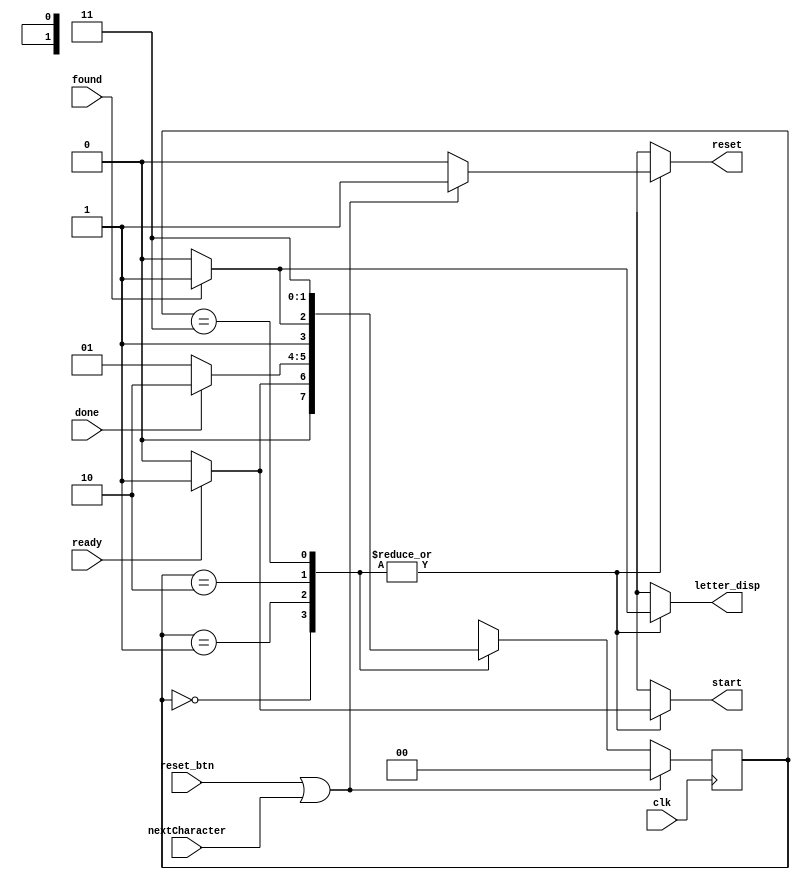
`timescale 1ns / 1ps
//////////////////////////////////////////////////////////////////////////////////
// Company: 
// Engineer: 
// 
// Design Name: 
// Module Name: FSM_letter
// Project Name: 
// Target Devices: 
// Tool Versions: 
// Description: 
// 
// Dependencies: 
// 
// Revision:
// Revision 0.01 - File Created
// Additional Comments:
// 
//////////////////////////////////////////////////////////////////////////////////


module FSM_letter(
    input wire clk,
    input wire ready,
    input wire done,
    input wire found,
    input wire reset_btn,
    input wire nextCharacter,
    output reg letter_disp,
    output reg start,
    output reg reset
    );
    
    // Assign bit values to each state of FSM
    parameter IDLE = 2'b00, CODE_CHECK = 2'b01, DISP = 2'b10, CLOSE = 2'b11;

    // Declare 2 reg to store current and next state
    reg [1:0] state, nextstate;
    
    // State memory - sequential
    always @(posedge clk) begin
        if (reset_btn || nextCharacter) state <= IDLE;
        else state <= nextstate;
    end
    
    // Next state logic - combinational
    always @(*) begin
        case (state)
            IDLE : begin
                if (ready) nextstate = CODE_CHECK;
                else nextstate = IDLE;
            end
            
            CODE_CHECK : begin
                if (done) nextstate = DISP;
                else nextstate = CODE_CHECK;
            end
            
            DISP : begin
                if (found) nextstate = CLOSE;
                else nextstate = DISP;
            end
            
            CLOSE : begin
                if (reset_btn || nextCharacter) nextstate = IDLE;
                else nextstate = CLOSE;
            end 
        endcase
    end
    
    // Output logic
    always @(*) begin
        case (state)
            IDLE : begin
                start = (ready) ? 1'b1 : 1'b0;
                letter_disp = (found) ? 1'b1 : 1'b0;
                reset = (reset_btn || nextCharacter) ? 1'b1 : 1'b0;
            end
            
            CODE_CHECK : begin
                start = (ready) ? 1'b1 : 1'b0;
                letter_disp = (found) ? 1'b1 : 1'b0;
                reset = (reset_btn || nextCharacter) ? 1'b1 : 1'b0;
            end
            
            DISP : begin
                start = (ready) ? 1'b1 : 1'b0;
                letter_disp = (found) ? 1'b1 : 1'b0;
                reset = (reset_btn || nextCharacter) ? 1'b1 : 1'b0;
            end
            
            CLOSE : begin
                start = (ready) ? 1'b1 : 1'b0;
                letter_disp = (found) ? 1'b1 : 1'b0;
                reset = (reset_btn || nextCharacter) ? 1'b1 : 1'b0;
            end 
        endcase
    end
endmodule